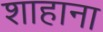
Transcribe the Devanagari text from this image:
शाहाना